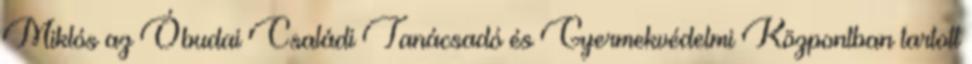
Miklós az Óbudai Családi Tanácsadó és Gyermekvédelmi Központban tartott